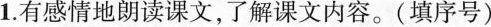
1.有感情地朗读课文，了解课文内容。(填序号)